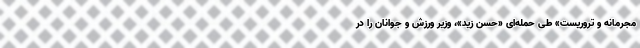
مجرمانه و تروریست» طی حمله‌ای «حسن زید»، وزیر ورزش و جوانان را در